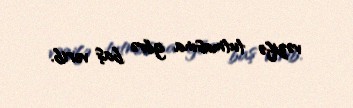
vəzifə tutmasına görə baş verib.